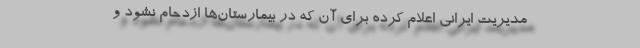
مدیریت ایرانی اعلام کرده برای آن که در بیمارستان‌ها ازدحام نشود و